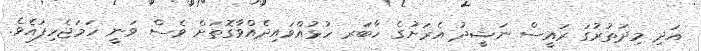
އަދި މިދަތުރުގަ ރައީސް ނަޝީދު އެރަށުގެ ހާބަރ ހުޅުއްވައިދެއްވާގޮތަށް ވެސް ވަނީ ހަމަޖެހިފައެވެ.